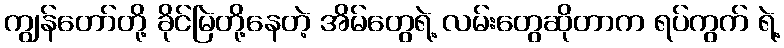
ကျွန်တော်တို့ ခိုင်မြဲတို့နေတဲ့ အိမ်တွေရဲ့ လမ်းတွေဆိုတာက ရပ်ကွက် ရဲ့